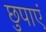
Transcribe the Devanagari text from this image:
छुपाएं